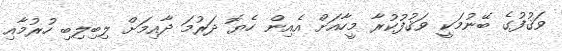
ވަޤުފުގެ ބޭނުމަކީ ވަޤުފުކުރާ މީހާއަށް އެއިން ހެޔޮ ދަރުމަ ދާއިމަށް ލިބިލިބި ހުރުމާއި